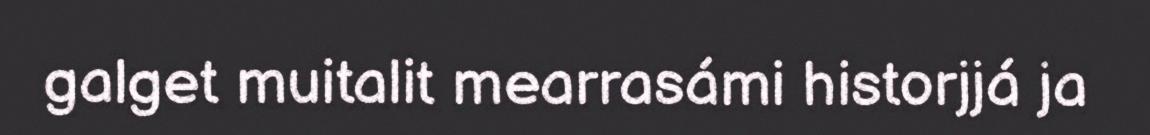
galget muitalit mearrasámi historjjá ja